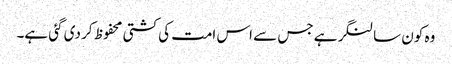
وہ کون سا لنگر ہے جس سے اس امت کی کشتی محفوظ کر دی گئی ہے۔